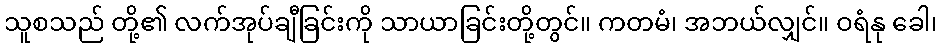
သူစသည် တို့၏ လက်အုပ်ချီခြင်းကို သာယာခြင်းတို့တွင်။ ကတမံ၊ အဘယ်လျှင်။ ဝရံနု ခေါ၊